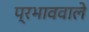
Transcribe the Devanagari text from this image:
प्रभाववाले